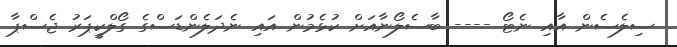
ސިލެސެން އާއި ނެޓޯ ---- ބާސެލޯނާއަށް ކުޅެމުން އައި ނެދަލެންޑަސްގެ ގޯލްކީޕަރު ޖެސްޕާ